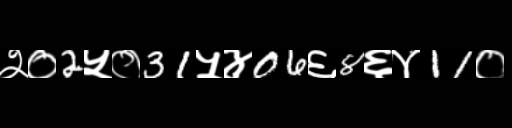
Text: २०2५०31५४06६8६४11०